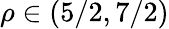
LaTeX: \rho\in\left(5/2,7/2\right)